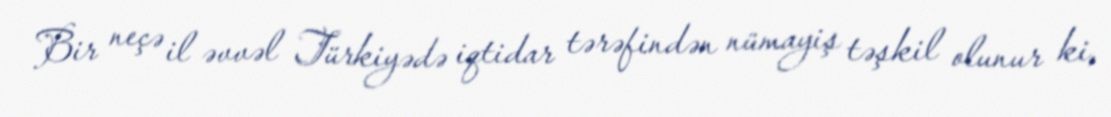
Bir neçə il əvvəl Türkiyədə iqtidar tərəfindən nümayiş təşkil olunur ki,